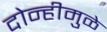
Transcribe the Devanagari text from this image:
दोन्हीमुळे